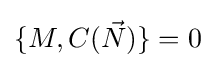
\{M,C({\vec {N}})\}=0